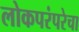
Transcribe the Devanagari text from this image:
लोकपरंपरेचा